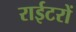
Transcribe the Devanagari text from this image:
राईटरों